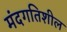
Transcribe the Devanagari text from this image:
मंदगतिशील